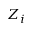
Z _ { i }